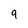
Character: 9